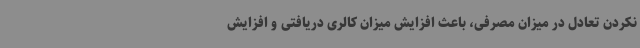
نکردن تعادل در میزان مصرفی، باعث افزایش میزان کالری دریافتی و افزایش